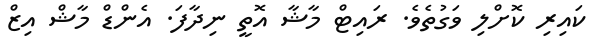
ކައިރި ކޮށްލި ވަގުތެވެ. ރައިޓް މާޝާ އޮތީ ނިދާފަ. އެންޑް މާޝް އިޒް